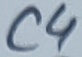
Text: C4